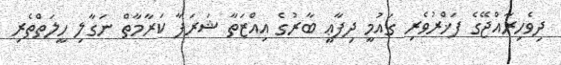
ދިވެހިރާއްޖޭގެ ފަޚްރުވެރި ގައުމީ ދިފާޢީ ބާރުގެ އިއްޒަތާ ޝަރަފާ ކަރާމާތް ނަގާލި ހީލަތްތެރި